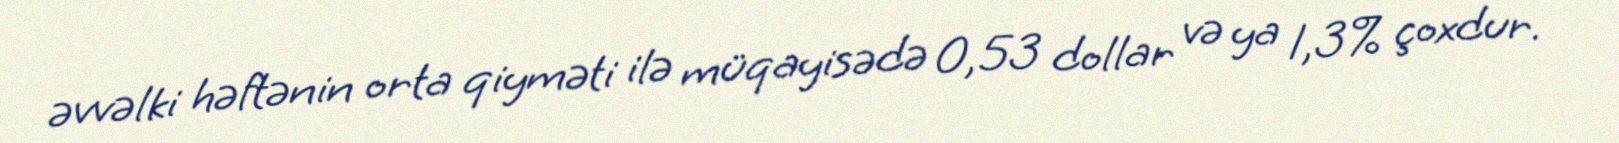
əvvəlki həftənin orta qiyməti ilə müqayisədə 0,53 dollar və ya 1,3% çoxdur.